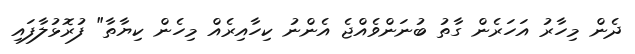
ދެން މިހާރު އަހަރެން ގާތު ބުނަންވެއްޖެ އެންނު ކިހާއިރެއް މިހެން ކިޔާތާ" ފުރޮޅުލާފައި